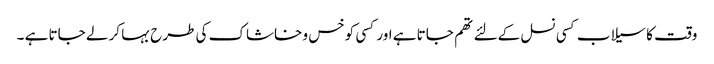
وقت کا سیلاب کسی نسل کےلئے تھم جاتا ہے اور کسی کو خس و خاشاک کی طرح بہا کر لے جاتا ہے ۔